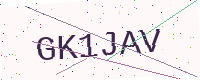
Text: GK1JAV